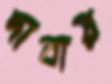
দাবায়